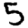
Digit: 5